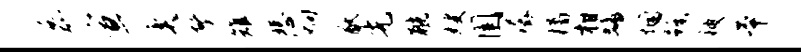
磊宣奕馨雉悲炯猷先觥嫂圉潺橘柑蟠悃蹶被本